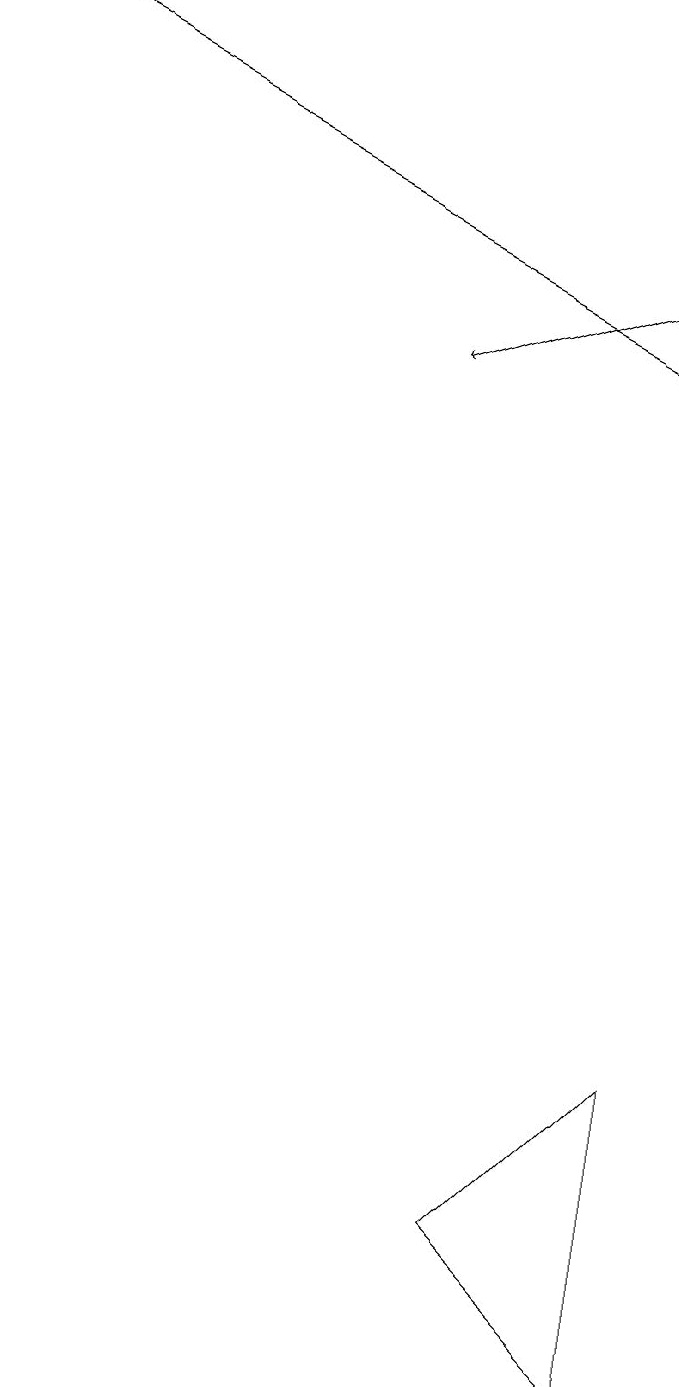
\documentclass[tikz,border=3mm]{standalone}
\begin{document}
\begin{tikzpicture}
\draw (6,2) -- (8,4) -- (8,0) -- cycle;
\draw[->] (0,17) -- (8,13);
\draw[->] (8,14) -- (5,13);
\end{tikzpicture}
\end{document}